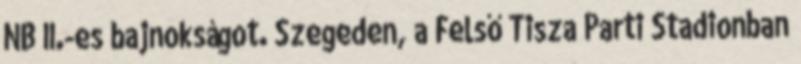
NB II.-es bajnokságot. Szegeden, a Felső Tisza Parti Stadionban